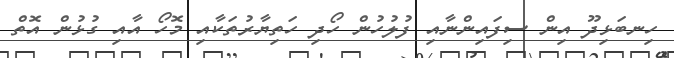
ހިނބަޅިދޫ އިން ސިފައިންނާއި ފުލުހުން ހޯދި ހަތިޔާރުތަކާއި މޮހޯ އާއި ގުޅުން އޮތް